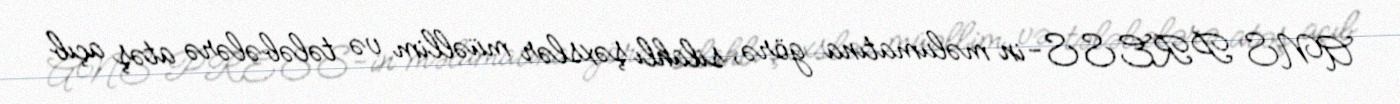
ANS PRESS-in məlumatına görə, silahlı şəxslər müəllim və tələbələrə atəş açıb